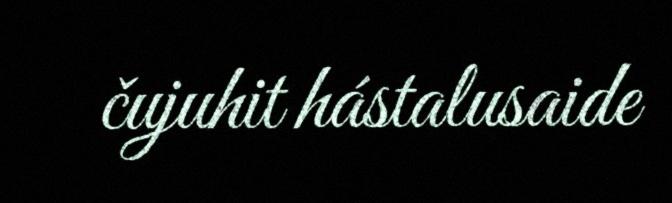
čujuhit hástalusaide